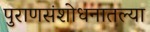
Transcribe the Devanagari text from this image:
पुराणसंशोधनातल्या